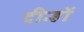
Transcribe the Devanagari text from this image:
दीन्हों